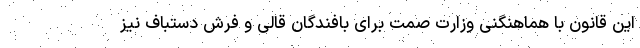
این قانون با هماهنگنی وزارت صمت برای بافندگان قالی و فرش دستباف نیز